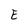
Character: E